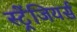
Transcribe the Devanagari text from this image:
स्ट्रेंजियर्स